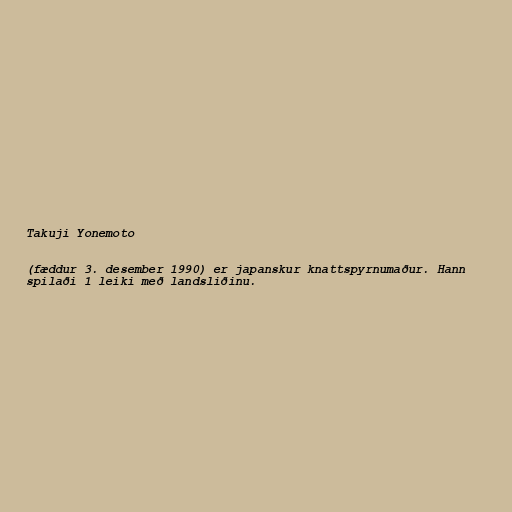
Takuji Yonemoto

(fæddur 3. desember 1990) er japanskur knattspyrnumaður. Hann
spilaði 1 leiki með landsliðinu.